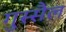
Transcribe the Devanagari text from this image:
गुस्सैल